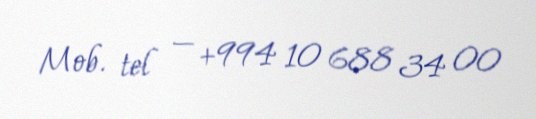
Mob. tel — +994 10 688 34 00